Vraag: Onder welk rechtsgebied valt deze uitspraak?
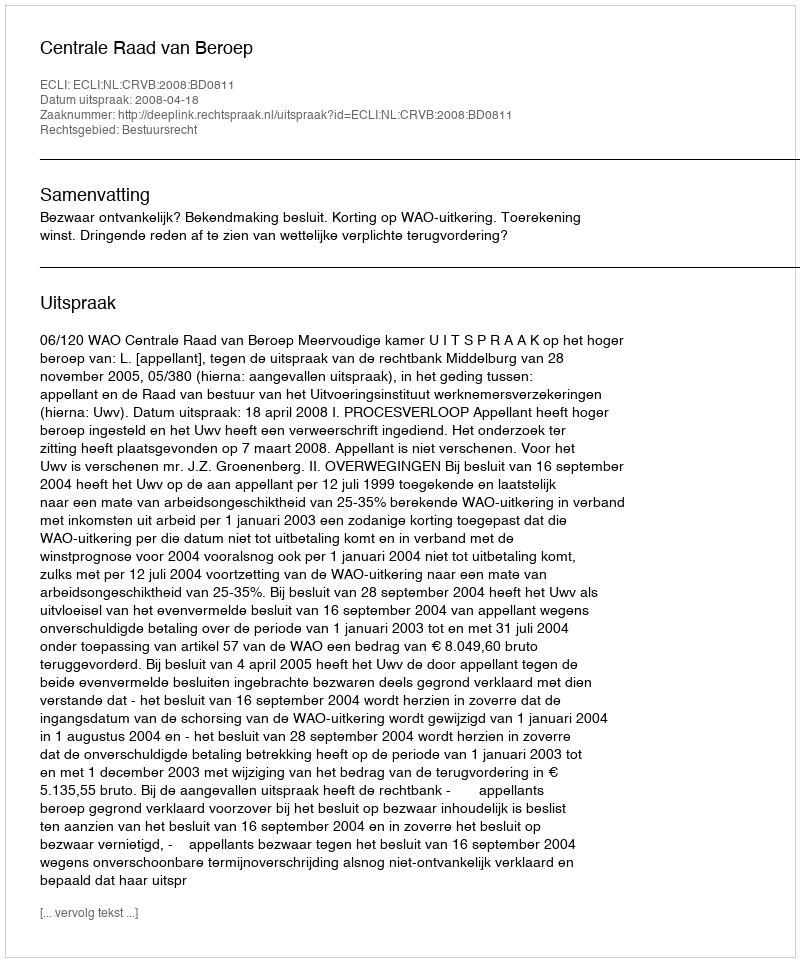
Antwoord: Bestuursrecht